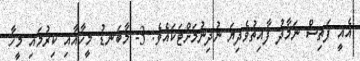
އެއީ ފަތިސް ނަމާދު ފާއިތުވެދިޔަ ނުދިނުމަށްޓަކައެވެ. 3- މާބަނޑު މީހާއާއި ކިރުމައި މީހާ